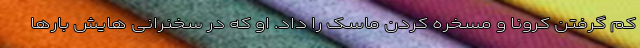
کم گرفتن کرونا و مسخره کردن ماسک را داد. او که در سخنرانی هایش بارها